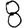
Digit: 8